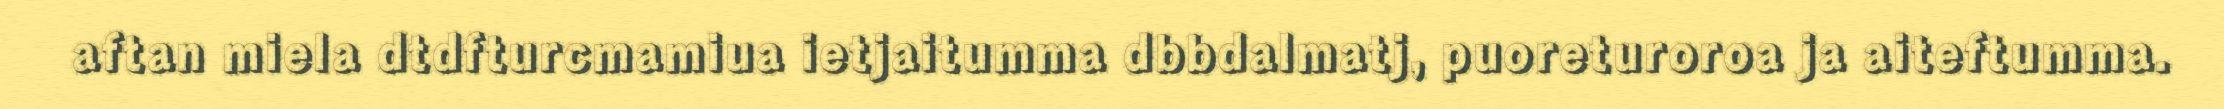
aftan miela dtdfturcmamiua ietjaitumma dbbdalmatj, puoreturoroa ja aiteftumma.